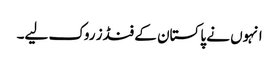
انہوں نے پاکستان کے فنڈز روک لیے۔